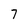
Character: 7